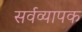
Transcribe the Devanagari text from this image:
सर्वव्‍यापक